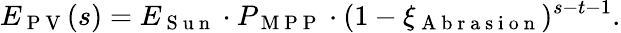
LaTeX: E_{\mathrm{~P~V~}}(s)=E_{\mathrm{~S~u~n~}}\cdot P_{\mathrm{~M~P~P~}}\cdot(1-\xi_{\mathrm{~A~b~r~a~s~i~o~n~}})^{s-t-1}.